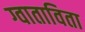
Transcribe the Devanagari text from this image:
ग्वाताविता